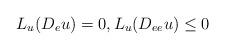
LaTeX: \begin{align*}L_u(D_eu)=0, L_u(D_{ee}u)\le 0 \end{align*}